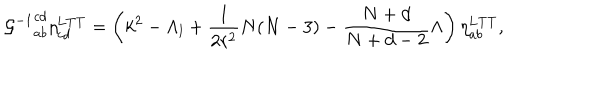
{ { \cal G } ^ { - 1 } } _ { a b } ^ { c d } \eta _ { c d } ^ { \mathrm { L T T } } = \left( k ^ { 2 } - \Lambda _ { l } + \frac { 1 } { 2 r ^ { 2 } } N ( N - 3 ) - \frac { N + d } { N + d - 2 } \Lambda \right) \eta _ { a b } ^ { \mathrm { L T T } } ,